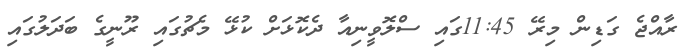
ރާއްޖެ ގަޑިން މިރޭ 11:45ގައި ސްލޮވީނިއާ ދެކޮޅަށް ކުޅޭ މެޗުގައި ރޫނީގެ ބަދަލުގައި